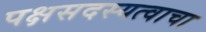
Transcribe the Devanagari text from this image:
पक्षसदस्यत्वाचा